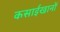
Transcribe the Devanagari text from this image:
कसाईखानों